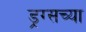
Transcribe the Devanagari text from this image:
ड्रग्सच्या